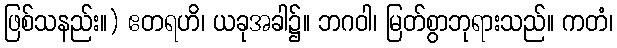
ဖြစ်သနည်း။) ဧတရဟိ၊ ယခုအခါ၌။ ဘဂဝါ၊ မြတ်စွာဘုရားသည်။ ကတံ၊